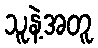
သူနဲ့အတူ